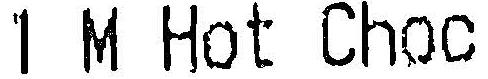
1 M HOT CHOC